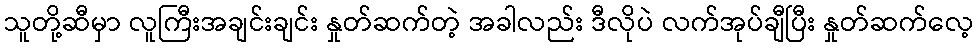
သူတို့ဆီမှာ လူကြီးအချင်းချင်း နှုတ်ဆက်တဲ့ အခါလည်း ဒီလိုပဲ လက်အုပ်ချီပြီး နှုတ်ဆက်လေ့